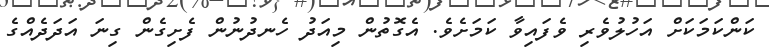
ކަންކަމަކަށް އަހުލުވެރި ވެފައިވާ ކަމަށެވެ. އެގޮތުން މިއަދު ހެނދުނުން ފެށިގެން ގިނަ އަދަދެއްގެ